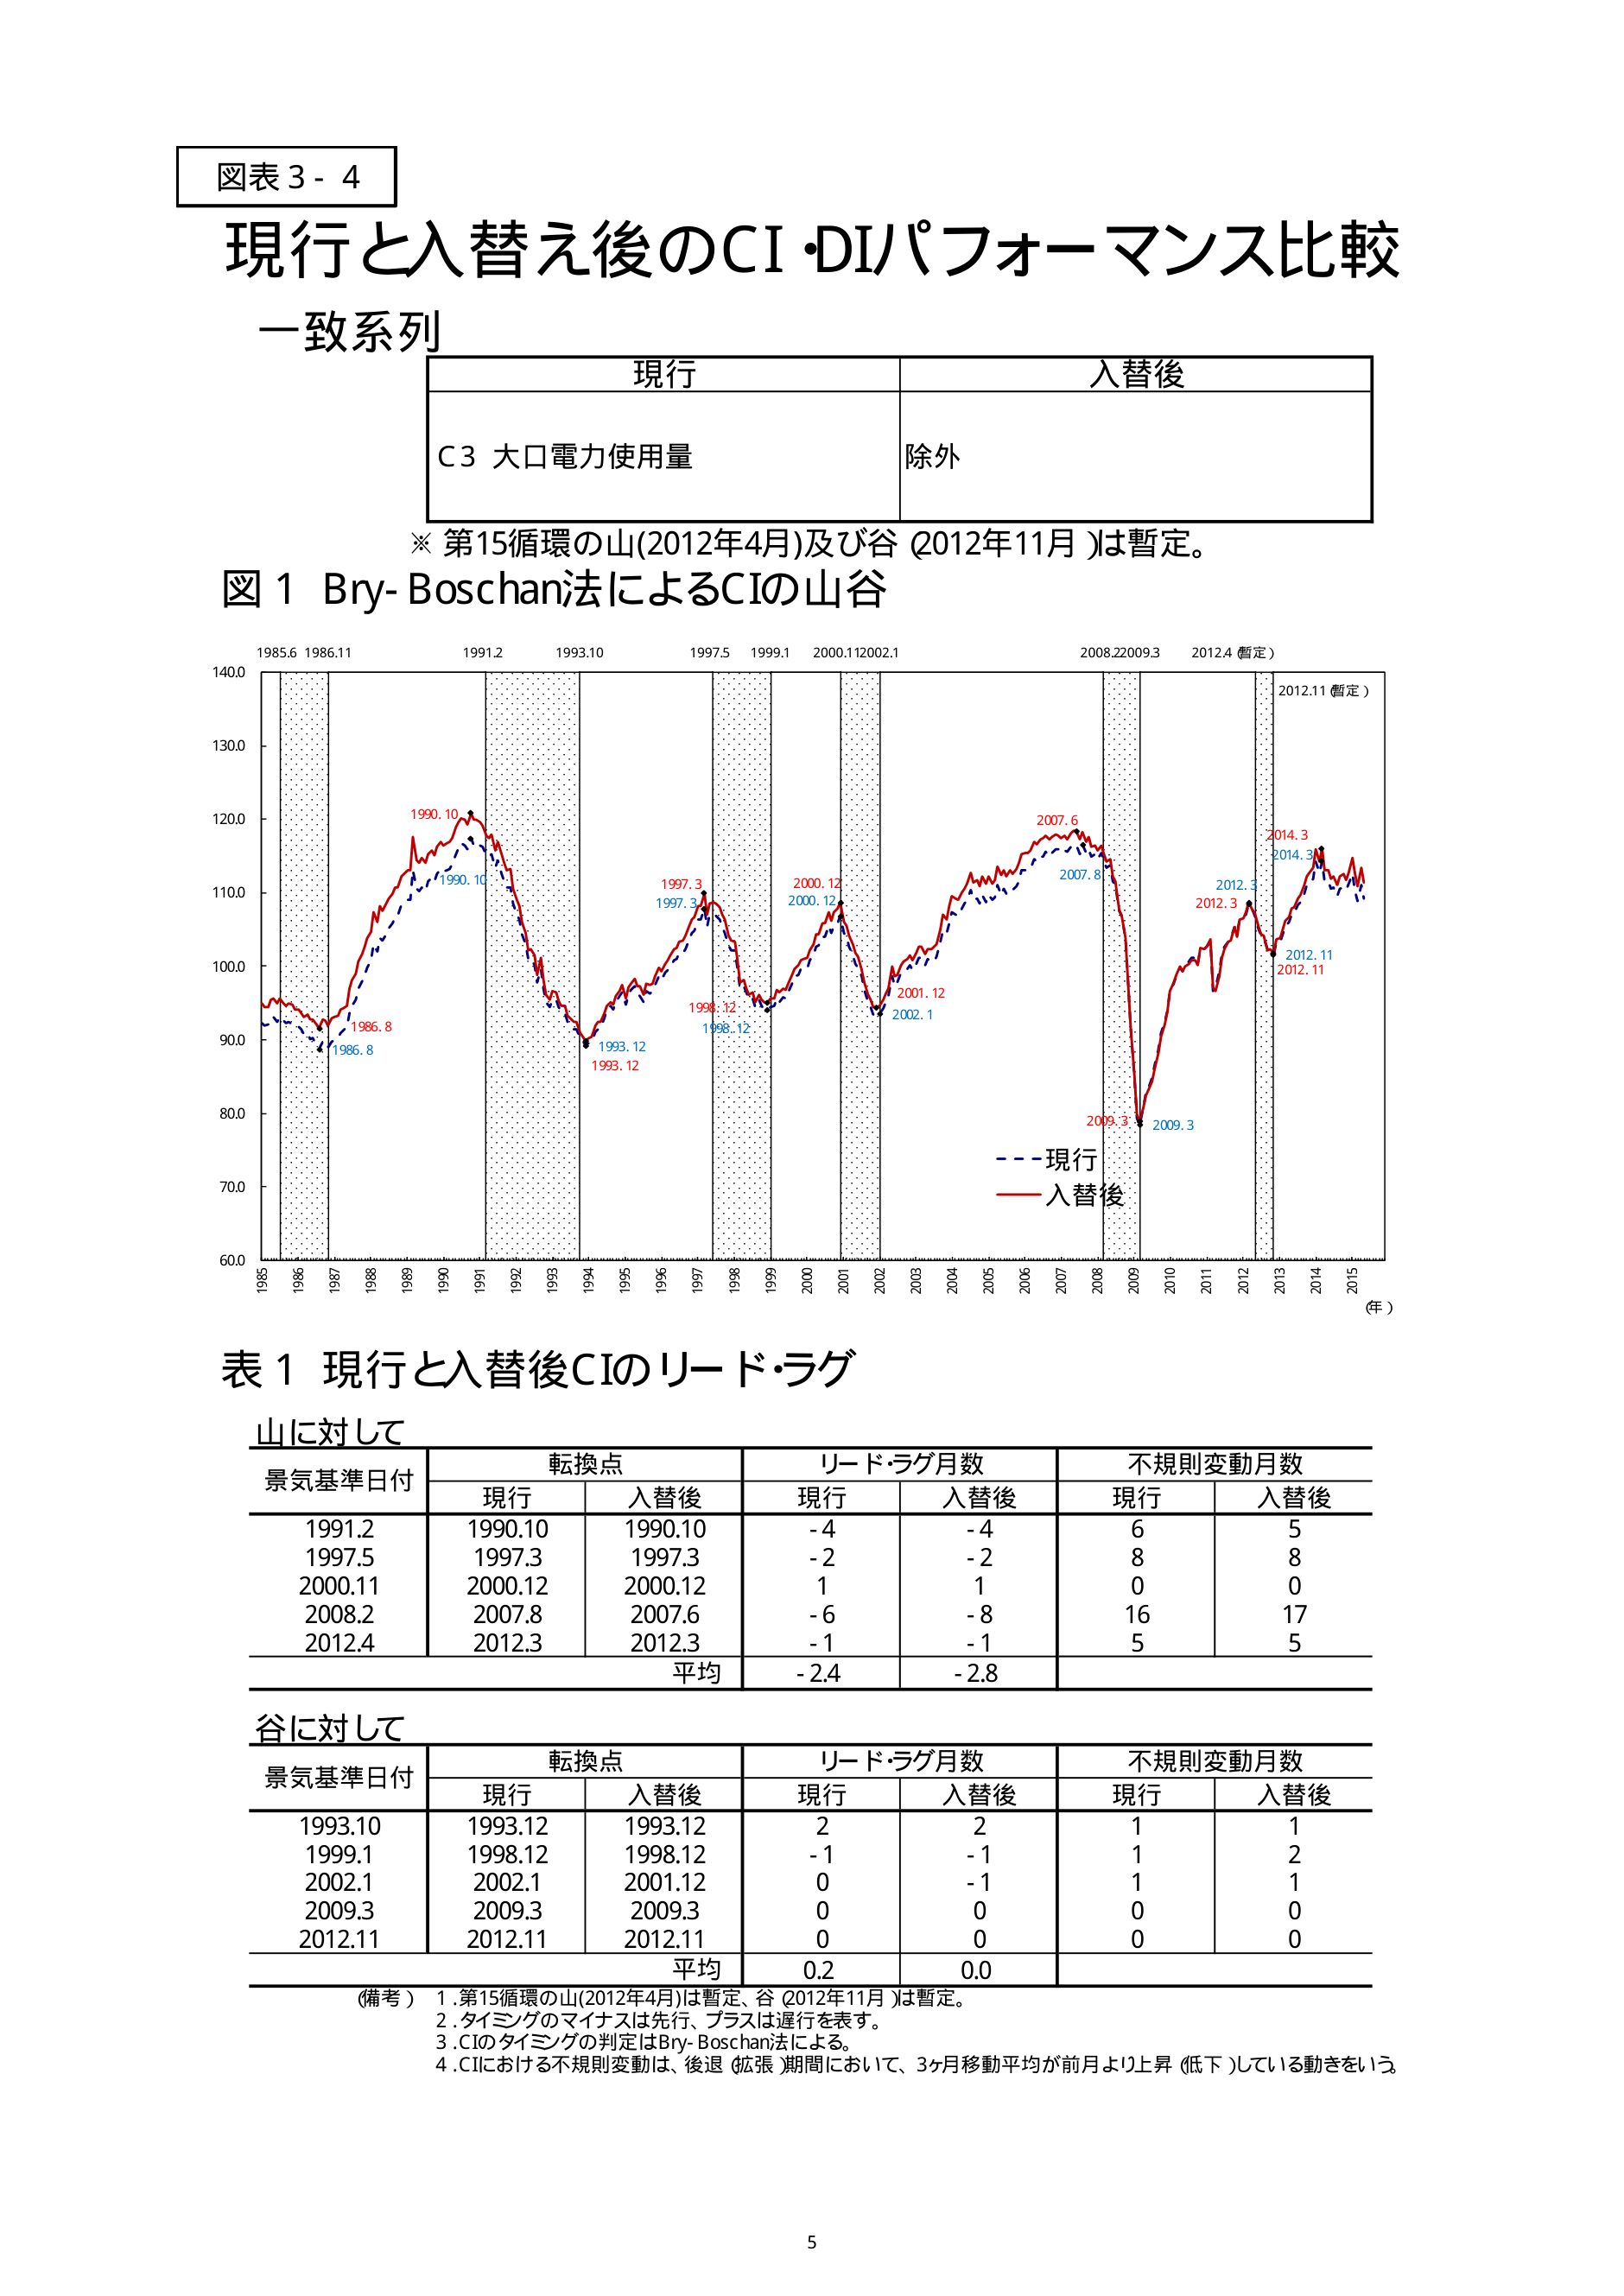
図表3-4
現行と入替え後のCI・DIパフォーマンス比較
一致系列
現行　入替後
C3 大口電力使用量　除外
※ 第15循環の山(2012年4月)及び谷(2012年11月)は暫定。
図1 Bry-Boschan法によるCIの山谷
1985.6 1986.11　1991.2　1993.10　1997.5　1999.1　2000.11 2002.1　2008.2 2009.3　2012.4(暫定)　2012.11(暫定)
140.0
130.0
120.0　1990.10　2007.6　2014.3
110.0　1997.3　2000.12　2012.3　2014.3
100.0　1998.12　2001.12　2012.11
90.0　1986.8　1993.12　2002.1　2009.3
80.0
70.0
60.0
1985　1986　1987　1988　1989　1990　1991　1992　1993　1994　1995　1996　1997　1998　1999　2000　2001　2002　2003　2004　2005　2006　2007　2008　2009　2010　2011　2012　2013　2014　2015　(年)
--- 現行
--- 入替後
表1 現行と入替後CIのリード・ラグ
山に対して
景気基準日付　転換点　リード・ラグ月数　不規則変動月数
　　　　　　　現行　入替後　現行　入替後　現行　入替後
1991.2　1990.10　1990.10　-4　-4　6　5
1997.5　1997.3　1997.3　-2　-2　8　8
2000.11　2000.12　2000.12　1　1　0　0
2008.2　2007.8　2007.6　-6　-8　16　17
2012.4　2012.3　2012.3　-1　-1　5　5
　　　　　　　平均　-2.4　-2.8
谷に対して
景気基準日付　転換点　リード・ラグ月数　不規則変動月数
　　　　　　　現行　入替後　現行　入替後　現行　入替後
1993.10　1993.12　1993.12　2　2　1　1
1999.1　1998.12　1998.12　-1　-1　1　2
2002.1　2002.1　2001.12　0　-1　1　1
2009.3　2009.3　2009.3　0　0　0　0
2012.11　2012.11　2012.11　0　0　0　0
　　　　　　　平均　0.2　0.0
(備考) 1. 第15循環の山(2012年4月)は暫定、谷(2012年11月)は暫定。
2. タイミングのマイナスは先行、プラスは遅行を表す。
3. CIのタイミングの判定はBry-Boschan法による。
4. CIにおける不規則変動は、後退(拡張)期間において、3ヶ月移動平均が前月より上昇(低下)している動きをいう。
5